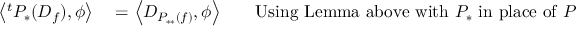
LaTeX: \begin{array} { r l r l } { \left\langle { } ^ { t } P _ { * } ( D _ { f } ) , \phi \right\rangle } & { { } = \left\langle D _ { P _ { * * } ( f ) } , \phi \right\rangle } & { } & { { } { \mathrm { U s i n g ~ L e m m a ~ a b o v e ~ w i t h ~ } } P _ { * } { \mathrm { ~ i n ~ p l a c e ~ o f ~ } } P } \end{array}